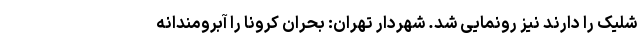
شلیک را دارند نیز رونمایی شد. شهردار تهران: بحران کرونا را آبرومندانه